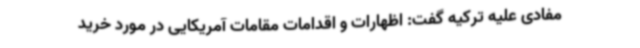
مفادی علیه ترکیه گفت: اظهارات و اقدامات مقامات آمریکایی در مورد خرید